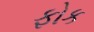
ફોક